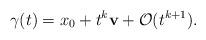
LaTeX: \begin{align*}\gamma(t)=x_0+t^k\mathbf{v}+\mathcal{O}(t^{k+1}). \end{align*}